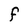
Character: F